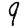
Digit: 9